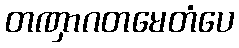
တဏှာဂတမေတံပေ